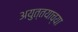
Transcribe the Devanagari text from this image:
अयुत्तयाच्या